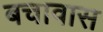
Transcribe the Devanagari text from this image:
बचावास